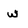
Character: w